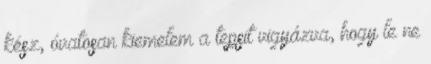
kész, óvatosan kiemelem a tepsit vigyázva, hogy le ne